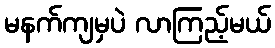
မနက်ကျမှပဲ လာကြည့်မယ်